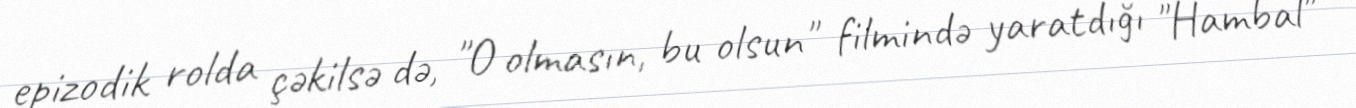
epizodik rolda çəkilsə də, "O olmasın, bu olsun" filmində yaratdığı "Hambal"